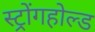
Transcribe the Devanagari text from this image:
स्ट्रोंगहोल्ड